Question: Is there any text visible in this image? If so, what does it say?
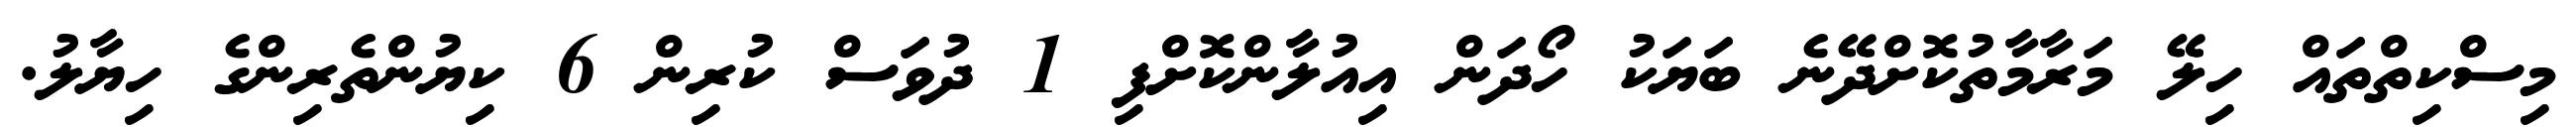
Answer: މިސްކިތްތައް ހިލޭ މަރާމާތުކޮށްދޭނެ ބަޔަކު ހޯދަން އިއުލާންކޮށްފި 1 ދުވަސް ކުރިން 6 ކިޔުންތެރިންގެ ހިޔާލު.